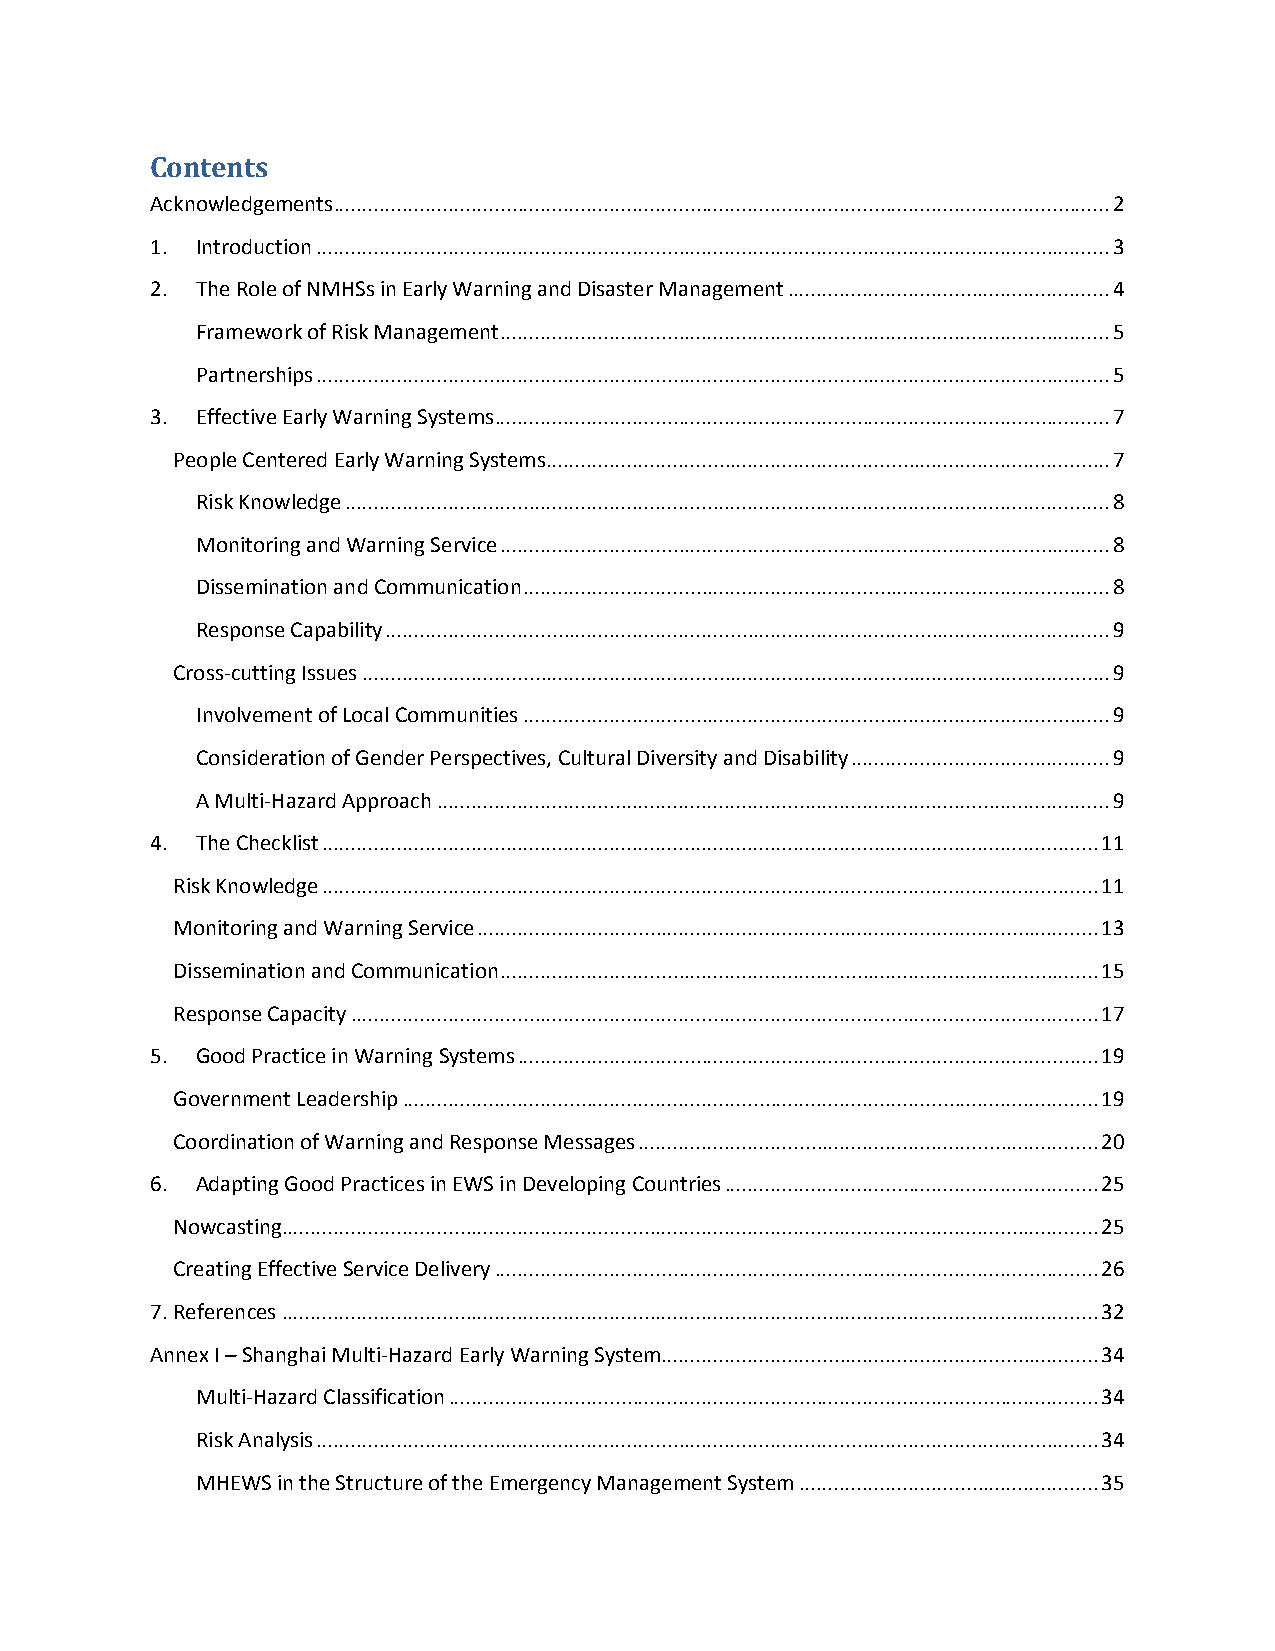
Contents
 Acknowledgements ....................................................................................................................................... 2
 1. Introduction .......................................................................................................................................... 3
 2. The Role of NMHSs in Early Warning and Disaster Management ........................................................ 4
 Framework of Risk Management .......................................................................................................... 5
 Partnerships .......................................................................................................................................... 5
 3. Effective Early Warning Systems ........................................................................................................... 7
 People Centered Early Warning Systems .................................................................................................. 7
 Risk Knowledge ..................................................................................................................................... 8
 Monitoring and Warning Service .......................................................................................................... 8
 Dissemination and Communication ...................................................................................................... 8
 Response Capability .............................................................................................................................. 9
 Cross-cutting Issues .................................................................................................................................. 9
 Involvement of Local Communities ...................................................................................................... 9
 Consideration of Gender Perspectives, Cultural Diversity and Disability ............................................. 9
 A Multi-Hazard Approach ..................................................................................................................... 9
 4. The Checklist ....................................................................................................................................... 11
 Risk Knowledge ....................................................................................................................................... 11
 Monitoring and Warning Service ............................................................................................................ 13
 Dissemination and Communication ........................................................................................................ 15
 Response Capacity .................................................................................................................................. 17
 5. Good Practice in Warning Systems ..................................................................................................... 19
 Government Leadership ......................................................................................................................... 19
 Coordination of Warning and Response Messages ................................................................................ 20
 6. Adapting Good Practices in EWS in Developing Countries ................................................................. 25
 Nowcasting.............................................................................................................................................. 25
 Creating Effective Service Delivery ......................................................................................................... 26
 7. References .............................................................................................................................................. 32
 Annex I – Shanghai Multi-Hazard Early Warning System............................................................................ 34
 Multi-Hazard Classification ................................................................................................................. 34
 Risk Analysis ........................................................................................................................................ 34
 MHEWS in the Structure of the Emergency Management System .................................................... 35